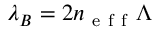
\lambda _ { B } = 2 n _ { \mathrm { ~ e ~ f ~ f ~ } } \Lambda